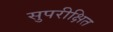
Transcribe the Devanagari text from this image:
सुपरीक्षित